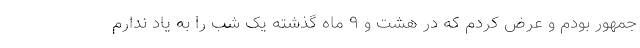
جمهور بودم و عرض کردم که در هشت و ۹ ماه گذشته یک شب را به یاد ندارم